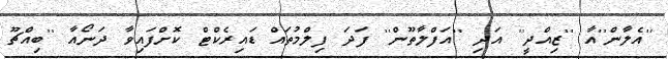
''އެލާން''އާ ''ޒިއްދީ'' އަދި ''އަފްލާތޫން'' ފަދަ ފިލްމުތައް ޑައިރެކްޓް ކޮށްފައިވާ ދަނޯއާ ''ބިއްޗޫ